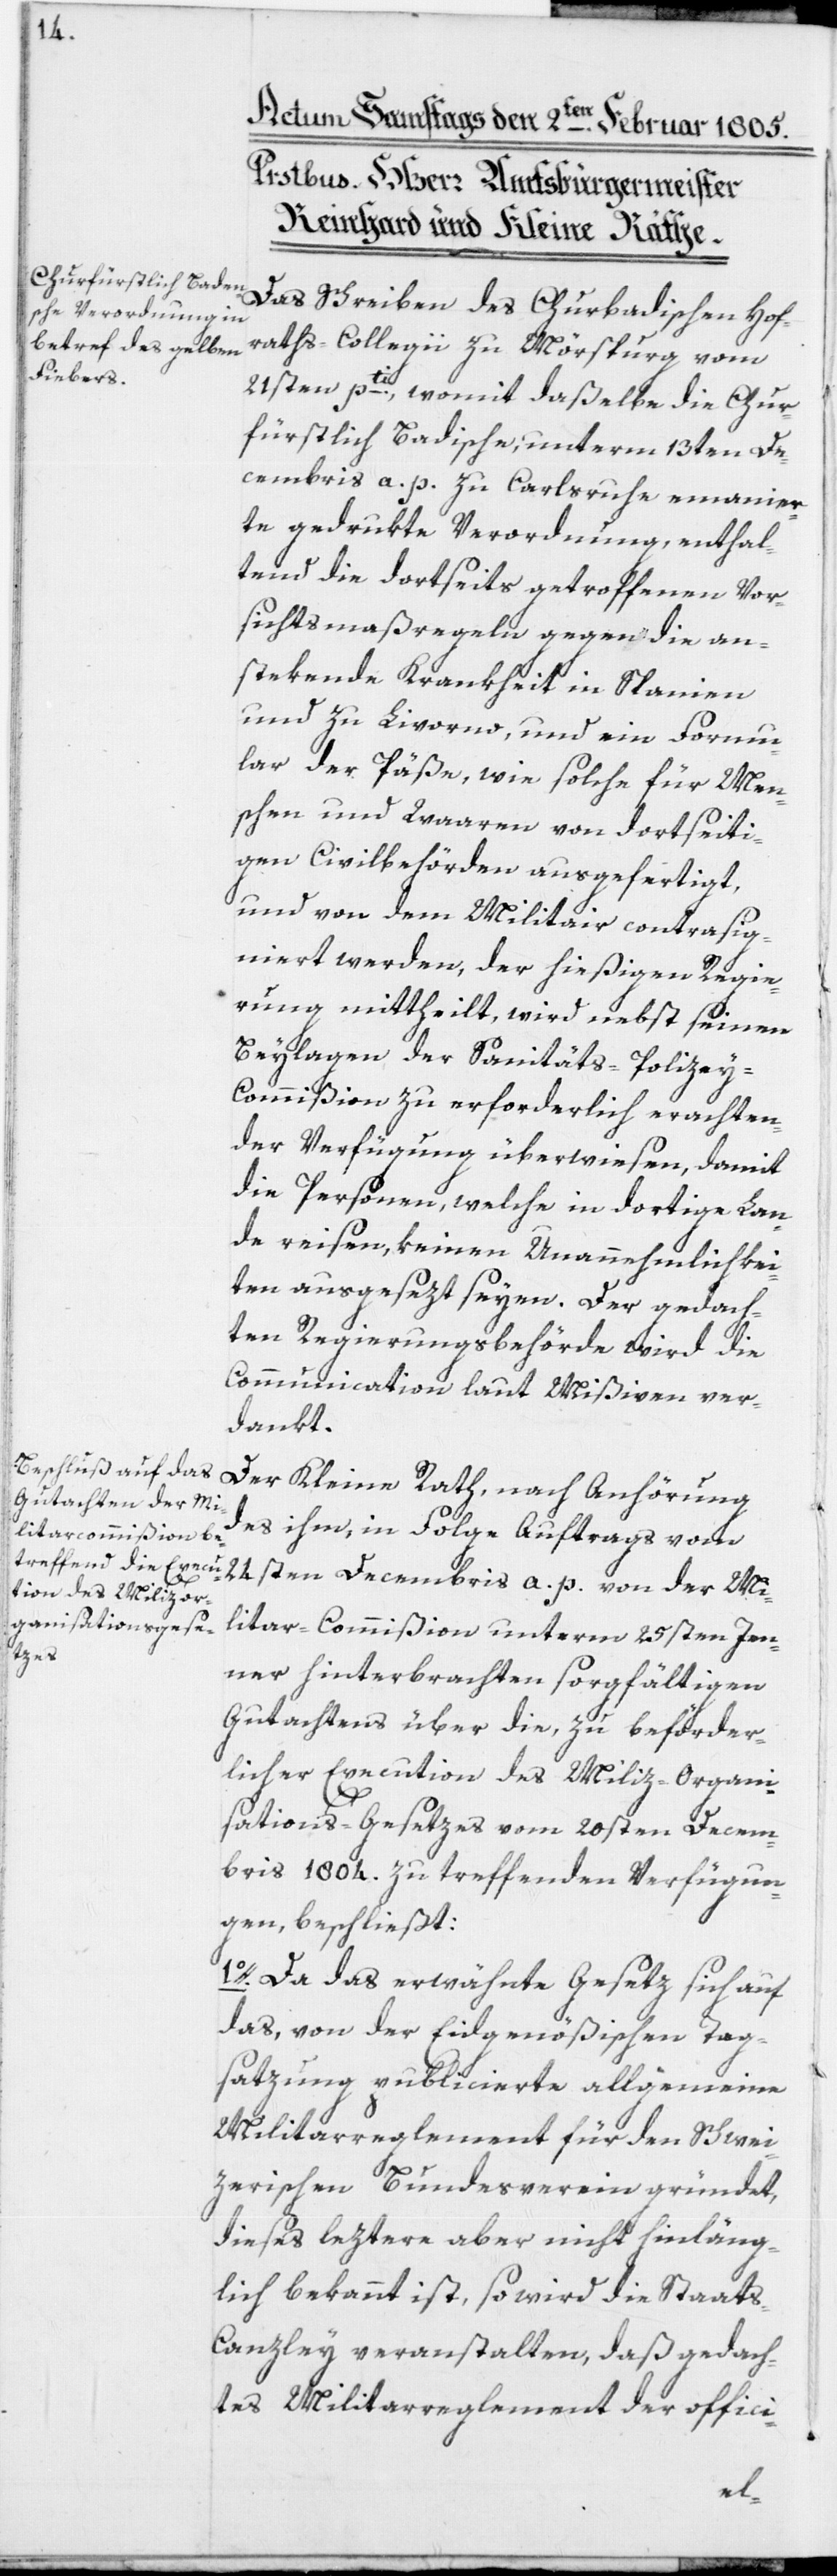
Das Schreiben des Churbadischen Hof¬
raths-Collegii zu Mörsburg vom
21sten pti., womit daßelbe die Chur¬
fürstlich Badische, unterm 13ten De¬
cembris a. p. zu Carlsruhe emanier¬
te gedrukte Verordnung, enthal¬
tend die dortseits getroffenen Vor¬
sichtsmaßregeln gegen die an¬
stekende Krankheit in Spanien
und zu Livorno, und ein Formu¬
lar der Päße, wie solche für Men¬
schen und Waaren von dortseiti¬
gen Civilbehörden ausgefertigt,
und von dem Militair contrasig¬
niert werden, der hießigen Regie¬
rung mittheilt, wird nebst seinen
Beylagen der Sanitäts-Polizey-C¬
ommißion zu erforderlich erachten¬
der Verfügung überwiesen, damit
die Personen, welche in dortige Lan¬
de reisen, keinen Unannehmlichkei¬
ten ausgesetzt seyen. Der gedach¬
ten Regierungsbehörde wird die
Communication laut Mißiven ver¬
dankt.
Der Kleine Rath, nach Anhörung
des ihm, in Folge Auftrags vom
24sten Decembris a. p. von der Mi¬
litar-Commißion unterm 25sten Jen¬
ner hinterbrachten sorgfältigen
Gutachtens über die, zu beförder¬
licher Execution des Miliz-Organi¬
sations-Gesetzes vom 20sten Decem¬
bris 1804. zu treffenden Verfügun¬
gen, beschließt:
1o. Da das erwähnte Gesetz sich auf
das, von der Eidgenößischen Tag¬
satzung publicierte allgemeine
Militarreglement für den Schwei¬
zerischen Bundesverein gründet,
dieses letztere aber nicht hinläng¬
lich bekannt ist, so wird die Staat¬
s-Canzley veranstalten, daß gedach¬
tes Militarreglement der offici-